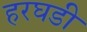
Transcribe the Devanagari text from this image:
हरघडी